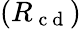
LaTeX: (R_{\mathrm{~c~d~}})